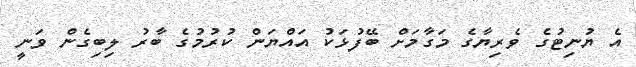
އެ ޔުނިޓުގެ ވެރިޔާގެ މަގާމަށް ބޭފުޅަކު އައްޔަން ކުރުމުގެ ބާރު ލިބިގެން ވަނީ